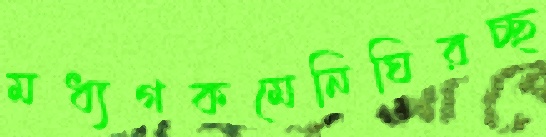
মধ্যগকমেনিঘিরচ্ছ